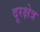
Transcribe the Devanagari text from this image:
दूरक्षेत्र